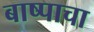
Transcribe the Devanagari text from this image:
बाष्पाचा